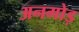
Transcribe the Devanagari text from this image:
अनमोड़